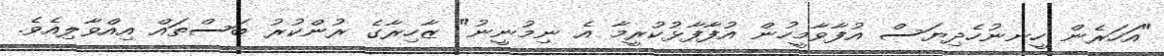
"އަހަރެން ހީނނުހެދިޔަސް އުފާވާމީހުން އުފާފާޅުކުރީމާ އެ ނިމުނީނު" ޒާހިރާގެ ރުންކުރު ބަސްތައް އިއްވާލިއެވެ.